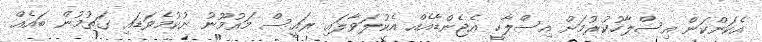
އެކަންކަން އިސްލާހުކުރުމަށް އިސްލާހީ އެޖެންޑާއެއް އެކުލަވާލައި ރައީސް މައުމޫނު ނުކުމެވަޑައި ގަތުމުން ބައެއް